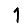
Digit: 1